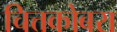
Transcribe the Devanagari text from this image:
चित्तकोबरा